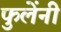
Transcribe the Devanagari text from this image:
फुलेंनी